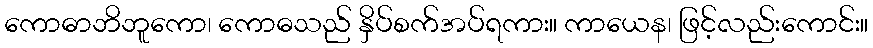
ကောဓာဘိဘူကော၊ ကောဓသည် နှိပ်စက်အပ်ရကား။ ကာယေန၊ ဖြင့်လည်းကောင်း။